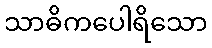
သာဓိကပေါရိသော